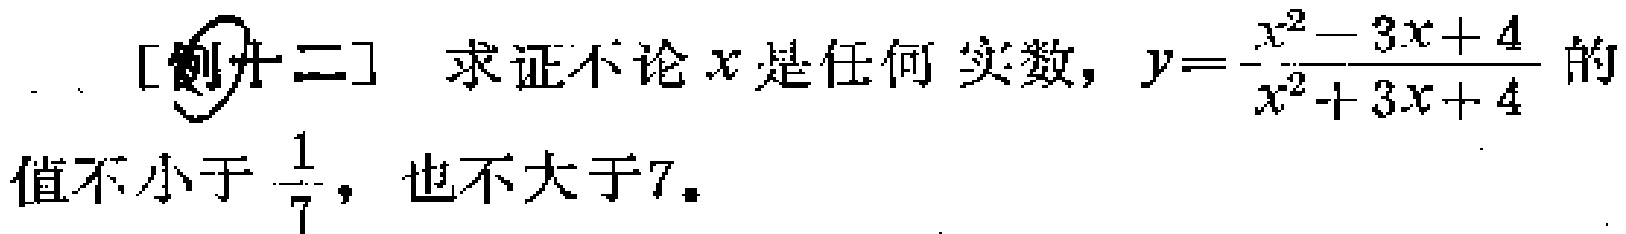
[例十二] 求证不论\(x\)是任何实数，\(y = \frac{x^{2}-3x + 4}{x^{2}+3x + 4}\)的值不小于\(\frac{1}{7}\)，也不大于\(7\)。